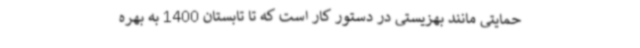
حمایتی مانند بهزیستی در دستور کار است که تا تابستان 1400 به بهره